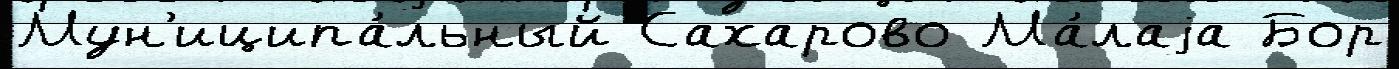
Мун'иципа́льный Сахарово Ма́лаjа Бор